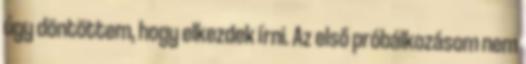
úgy döntöttem, hogy elkezdek írni. Az első próbálkozásom nem